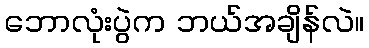
ဘောလုံးပွဲက ဘယ်အချိန်လဲ။